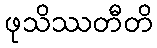
ဖုသိဿတီတိ